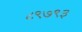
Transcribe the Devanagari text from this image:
८९७९३